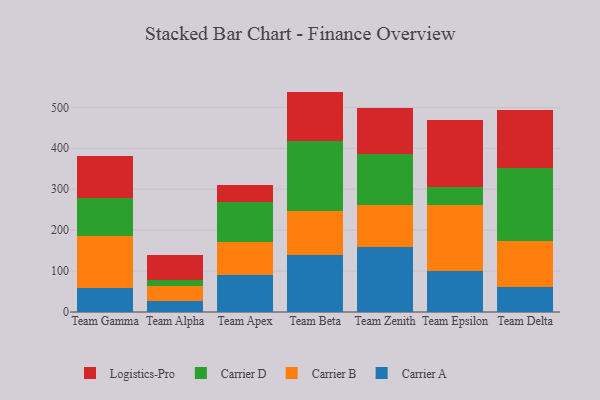
{"axis": {"x": "Team", "y": "Production Output"}, "legend": ["Carrier A", "Carrier B", "Carrier D", "Logistics-Pro"], "data": [{"x": "Team Gamma", "y": 59.2, "type": "Carrier A"}, {"x": "Team Gamma", "y": 126.7, "type": "Carrier B"}, {"x": "Team Gamma", "y": 92.2, "type": "Carrier D"}, {"x": "Team Gamma", "y": 102.1, "type": "Logistics-Pro"}, {"x": "Team Alpha", "y": 26.7, "type": "Carrier A"}, {"x": "Team Alpha", "y": 37.9, "type": "Carrier B"}, {"x": "Team Alpha", "y": 14.1, "type": "Carrier D"}, {"x": "Team Alpha", "y": 60.6, "type": "Logistics-Pro"}, {"x": "Team Apex", "y": 91.5, "type": "Carrier A"}, {"x": "Team Apex", "y": 79.6, "type": "Carrier B"}, {"x": "Team Apex", "y": 98.8, "type": "Carrier D"}, {"x": "Team Apex", "y": 39.7, "type": "Logistics-Pro"}, {"x": "Team Beta", "y": 140.0, "type": "Carrier A"}, {"x": "Team Beta", "y": 106.6, "type": "Carrier B"}, {"x": "Team Beta", "y": 172.2, "type": "Carrier D"}, {"x": "Team Beta", "y": 119.6, "type": "Logistics-Pro"}, {"x": "Team Zenith", "y": 159.1, "type": "Carrier A"}, {"x": "Team Zenith", "y": 102.0, "type": "Carrier B"}, {"x": "Team Zenith", "y": 125.9, "type": "Carrier D"}, {"x": "Team Zenith", "y": 112.0, "type": "Logistics-Pro"}, {"x": "Team Epsilon", "y": 101.2, "type": "Carrier A"}, {"x": "Team Epsilon", "y": 161.0, "type": "Carrier B"}, {"x": "Team Epsilon", "y": 42.2, "type": "Carrier D"}, {"x": "Team Epsilon", "y": 164.4, "type": "Logistics-Pro"}, {"x": "Team Delta", "y": 61.2, "type": "Carrier A"}, {"x": "Team Delta", "y": 113.1, "type": "Carrier B"}, {"x": "Team Delta", "y": 178.0, "type": "Carrier D"}, {"x": "Team Delta", "y": 140.3, "type": "Logistics-Pro"}]}